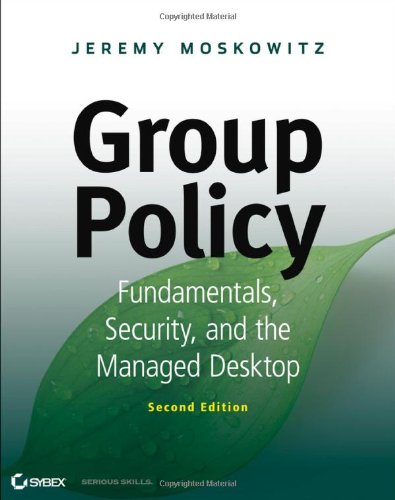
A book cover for Group Policy: Fundamentals, Security, and the Managed Desktop; Jeremy Moskowitz; Computers & Technology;